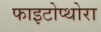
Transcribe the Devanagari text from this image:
फाइटोप्थोरा